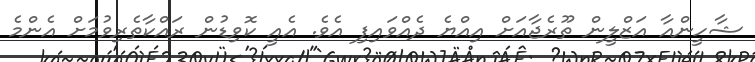
ޝާހީންއާ އަޒްލީން ތޫރެޖާއަށް އިއްޔެ ދެއްވައިފި އެވެ. އެއީ ކޮވިޑުން ރައްކާތެރިވުމަށް އެންމެ